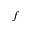
f